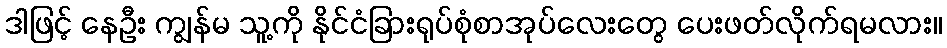
ဒါဖြင့် နေဦး ကျွန်မ သူ့ကို နိုင်ငံခြားရုပ်စုံစာအုပ်လေးတွေ ပေးဖတ်လိုက်ရမလား။